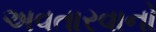
અવતારવાનો